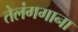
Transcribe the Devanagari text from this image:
तेलंगगाना